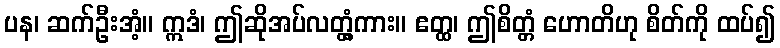
ပန၊ ဆက်ဦးအံ့။ ဣဒံ၊ ဤဆိုအပ်လတ္တံ့ကား။ ဧတ္ထ၊ ဤစိတ္တံ ဟောတိဟု စိတ်ကို ထပ်၍